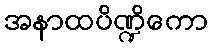
အနာထပိဏ္ဍိကော